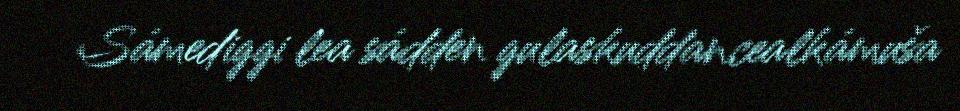
Sámediggi lea sádden gulaskuddancealkámuša